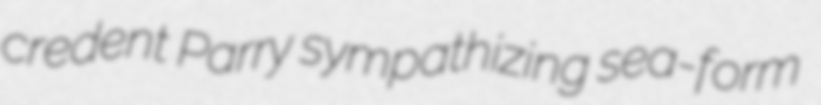
credent Parry sympathizing sea-form